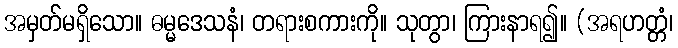
အမှတ်မရှိသော။ ဓမ္မဒေသနံ၊ တရားစကားကို။ သုတွာ၊ ကြားနာရ၍။ (အရဟတ္တံ၊